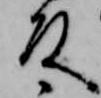
殿